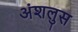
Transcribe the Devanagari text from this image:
अंशलुस